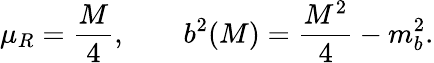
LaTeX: \mu_{R}=\frac{M}{4},\qquad b^{2}(M)=\frac{M^{2}}{4}-m_{b}^{2}.